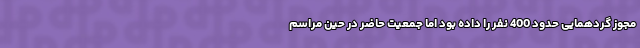
مجوز گردهمایی حدود 400 نفر را داده بود اما جمعیت حاضر در حین مراسم